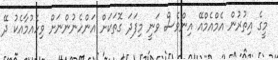
މީގެ އިތުރުން އެމްއެމްއޭ އިންވެސް ވަނީ މިފަދަ ގޮތަކަށް އަންހެނުންނަށް ވިހެއުމާއެކު ދޭ